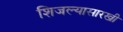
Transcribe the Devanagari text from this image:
शिजल्यासारखी